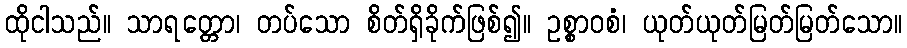
ထိုငါသည်။ သာရတ္တော၊ တပ်သော စိတ်ရှိခိုက်ဖြစ်၍။ ဥစ္စာဝစံ၊ ယုတ်ယုတ်မြတ်မြတ်သော။